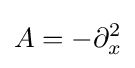
A=-\partial _{x}^{2}